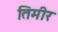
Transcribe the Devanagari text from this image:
तिमीर